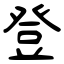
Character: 登